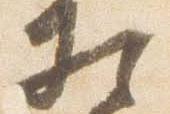
相